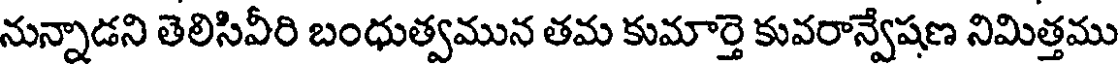
నున్నాడని తెలిసివీరి బంధుత్వమున తమ కుమార్తె కువరాన్వేషణ నిమిత్తము